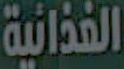
الغذائية